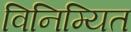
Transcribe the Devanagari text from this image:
विनिम्यित